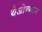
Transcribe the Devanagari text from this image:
येओन्गाम